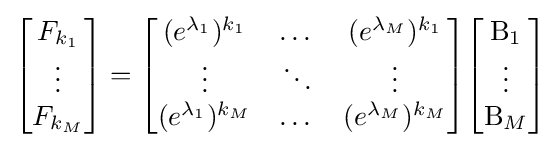
{\begin{bmatrix}F_{k_{1}}\\\vdots \\F_{k_{M}}\end{bmatrix}}={\begin{bmatrix}(e^{\lambda _{1}})^{k_{1}}&\dots &(e^{\lambda _{M}})^{k_{1}}\\\vdots &\ddots &\vdots \\(e^{\lambda _{1}})^{k_{M}}&\dots &(e^{\lambda _{M}})^{k_{M}}\end{bmatrix}}{\begin{bmatrix}\mathrm {B} _{1}\\\vdots \\\mathrm {B} _{M}\end{bmatrix}}